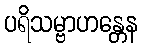
ပရိသမ္ဗာဟန္တေန